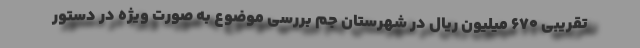
تقریبی ۶۷۰ میلیون ریال در شهرستان جم بررسی موضوع به صورت ویژه در دستور